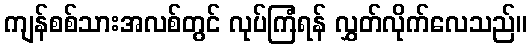
ကျန်စစ်သားအလစ်တွင် လုပ်ကြံရန် လွှတ်လိုက်လေသည်။